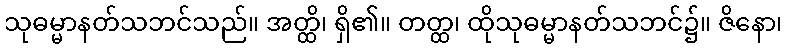
သုဓမ္မာနတ်သဘင်သည်။ အတ္ထိ၊ ရှိ၏။ တတ္ထ၊ ထိုသုဓမ္မာနတ်သဘင်၌။ ဇိနော၊